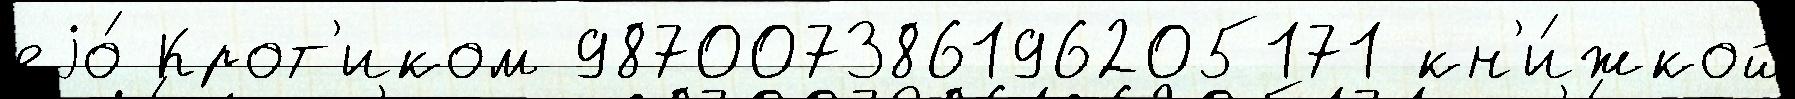
еjо́ Крот'иком 987007386196205171 кн'и́жкой